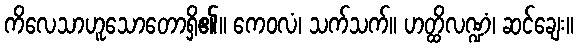
ကိလေသာဟူသောတောရှိ၏။ ကေဝလံ၊ သက်သက်။ ဟတ္ထိလဏ္ဍံ၊ ဆင်ချေး။